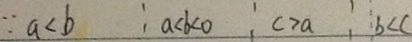
\because a < b a < b < 0 c > a b < c